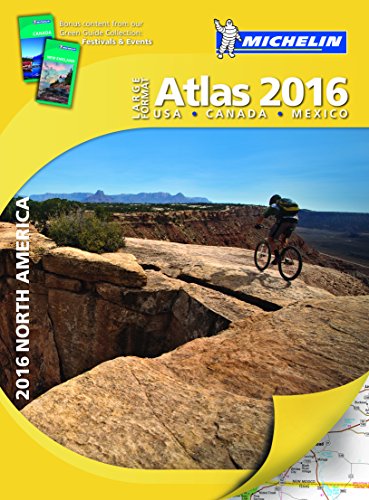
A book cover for Michelin North America Large Format Atlas 2016 (Atlas (Michelin)); Michelin; Travel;